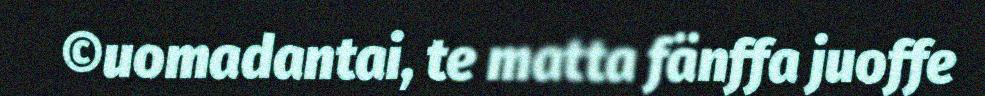
©uomadantai, te matta fänffa juoffe